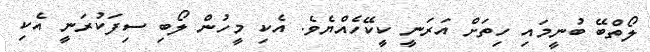
ލޯތްބޭ ބުނީމައި ހިތަށް އަރަނީ ކީކޭހެއްޔެވެ. އެކި މީހުން ލޯބި ސިފަކުރަނީ އެކި